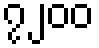
၇၂၀၀